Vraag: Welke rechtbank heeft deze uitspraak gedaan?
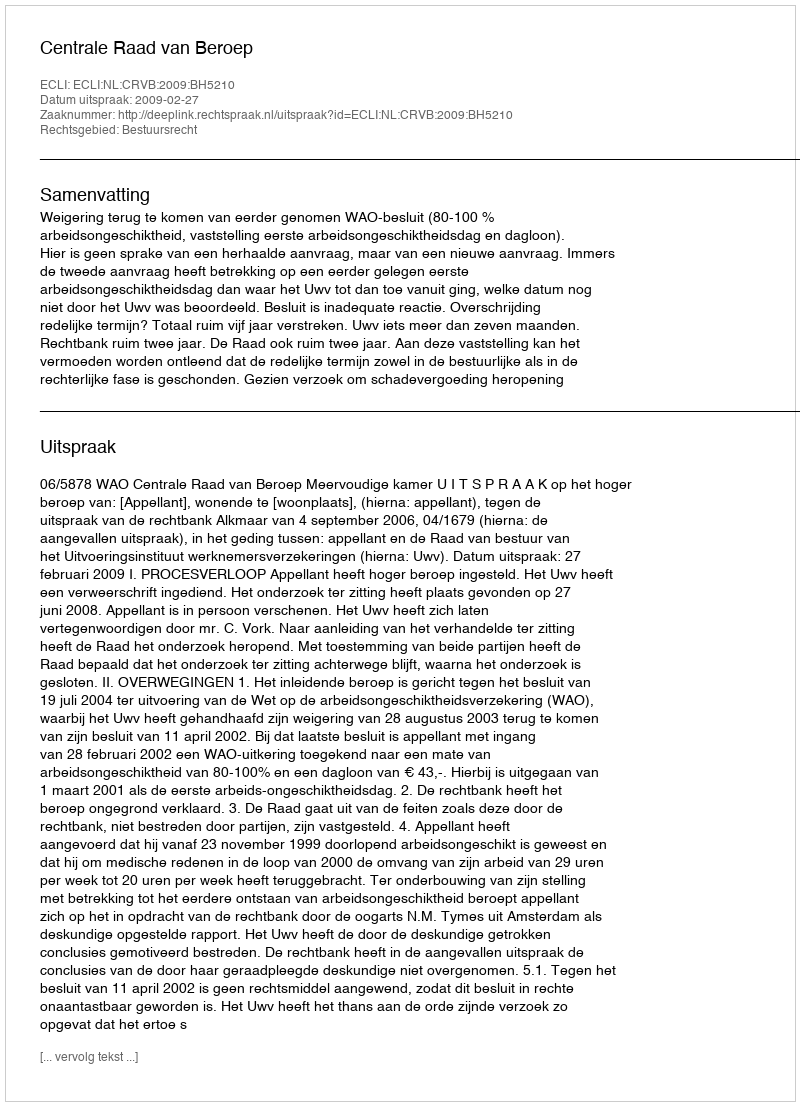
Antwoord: Centrale Raad van Beroep